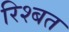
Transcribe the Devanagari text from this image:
रिश्बत